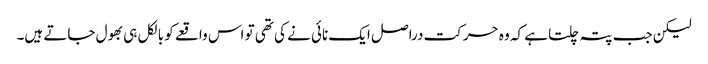
لیکن جب پتہ چلتا ہے کہ وہ حرکت دراصل ایک نائی نے کی تھی تو اس واقعے کو بالکل ہی بھول جاتے ہیں۔